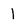
Character: 1